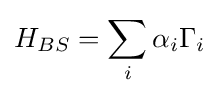
H_{BS}=\sum _{i}\alpha _{i}\Gamma _{i}